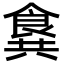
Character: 𩛛